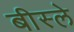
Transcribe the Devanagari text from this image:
बीस्ले